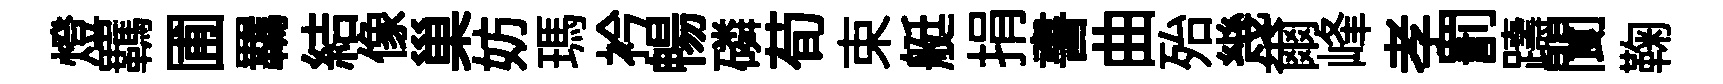
燈羈圃羈結像巢妨瑪衿暢磷荀束艇捐書曲殆幾爾峰孝罰躊閬鞠